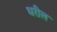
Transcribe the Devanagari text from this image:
धरील